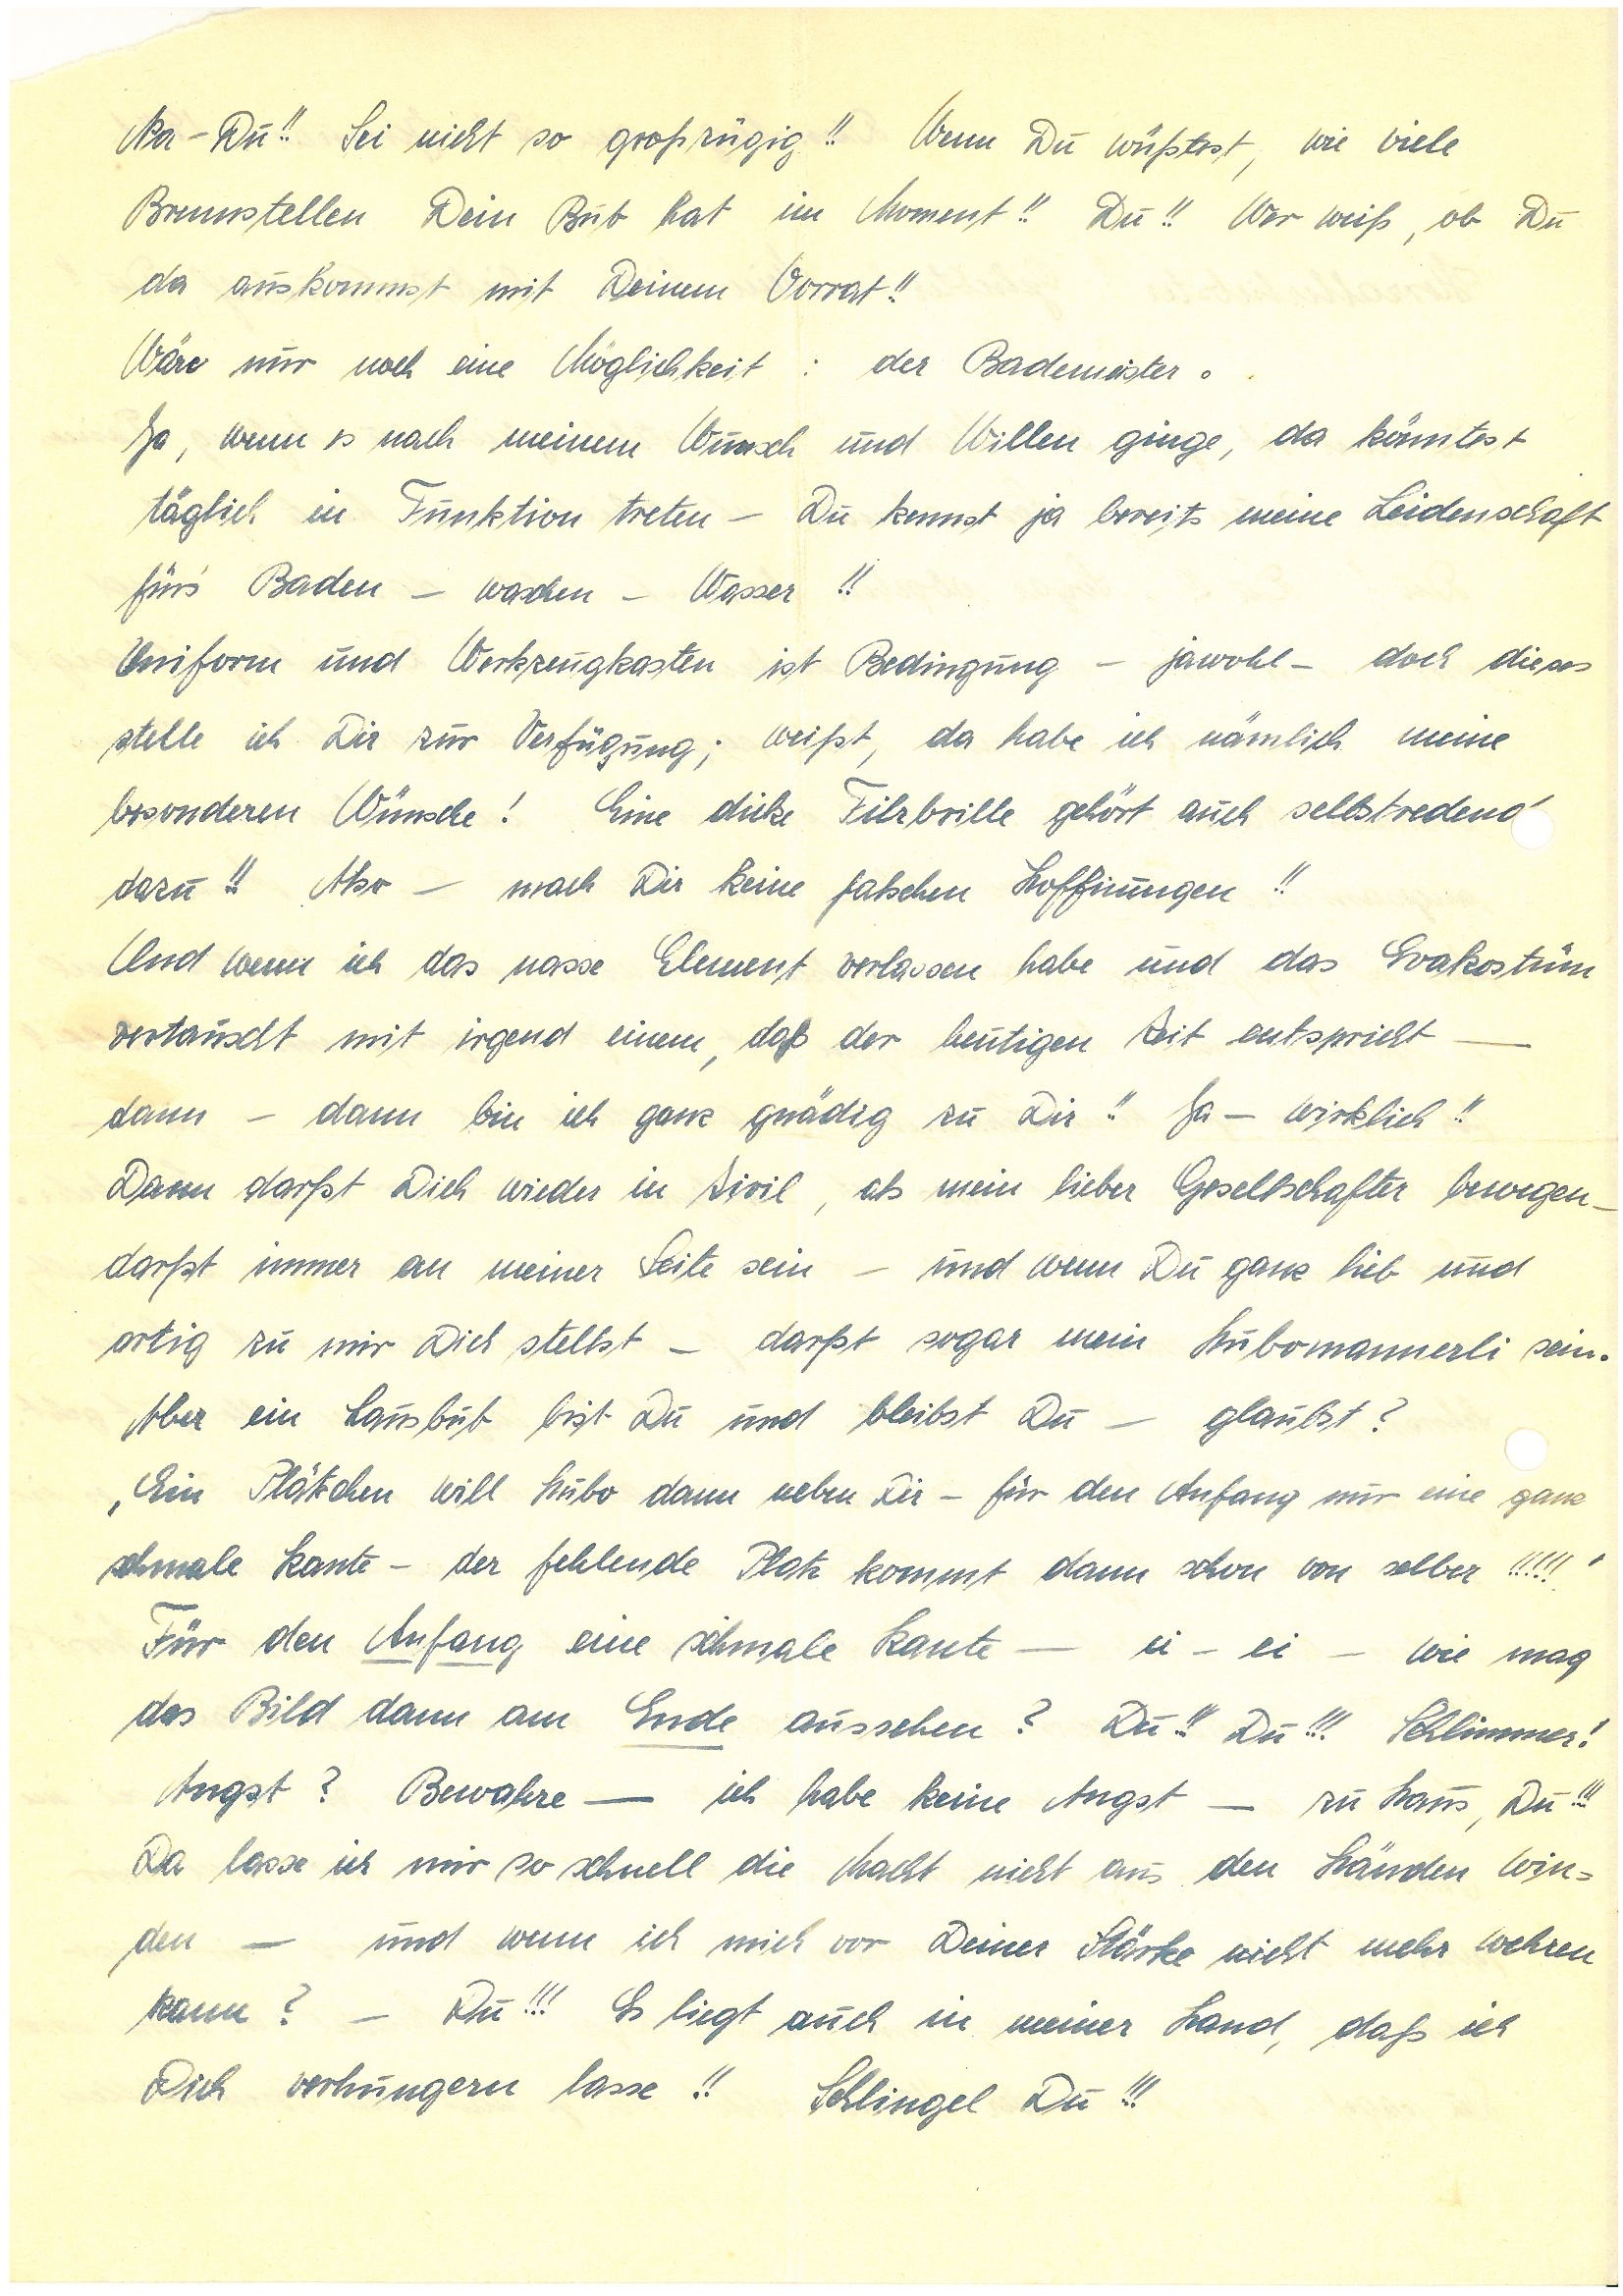
Na – Du!! Sei nicht so großzügig!! Wenn Du wüßtest, wie viele
Brennstellen Dein But hat im Moment!! Du!! Wer weiß, ob Du
da auskommst mit Deinem Vorrat!!
Wäro nur noch eine Möglichkeit: der Bademester.
Ja, wenn es nach meinem Wunsch und Willen ginge, da könntest
täglich in Funktion treten – Du kennst ja bereits meine Leidenschaft
für’s Baden – waschen – Wasser!!
Uniform und Werkzeugkasten ist Bedingung – jawohl – doch dieses
stelte ich Dir zur Verfügung; weißt, da habe ich nämlich meine
besonderen Wünsche! Eine dicke Filrbrille gehört auch selbstredend
dazu!! Also – mach Dir keine falschen Hoffnungen!!
Und wenn ich das nasse Element verlassen habe und das Evakostum
vertauscht mit irgend einem, daß der heutigen Zeit entspricht –
dann – dann bin ich ganz gnädig zu Dir!! Ja – wirklich!!
Dann darfst Dich wieder in Zivil, als mein lieber Gesellschafter bewegen –
darfst immer an meiner Seite sein – und wenn Du ganz lieb und
artig zu mir Dich stellst – darfst sogar mein Hubomannerli sein.
Aber ein Lausbub bist Du und bleibst Du – glaubst?
Ein Plätzchen will Hubo dann neben Dir – für den Anfang nur eine ganz
schmale Kante – der fehlende Platz kommt dann schon von selber!!!!!
Für den Anfang eine schmale Kante – e – ei – wie mag
das Bild dann am Ende aussehen? Du!! Du!!! Schlimmer!
Angst? Bewahre – ich habe keine Angst – zu Haus, Du!!!
Da lasse ich mir so schnell die Macht nicht aus den Händen win¬
den – und wenn ich mich vor Deiner Stärke nicht mehr wehren
kann? – Du!!! Es liegt auch in meiner Hand, daß ich
Dich verhungern lasse!! Schlingel Du!!!